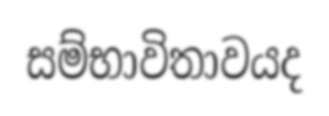
සම්භාවිතාවයද